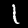
Label: 1